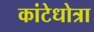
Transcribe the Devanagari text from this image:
कांटेधोत्रा